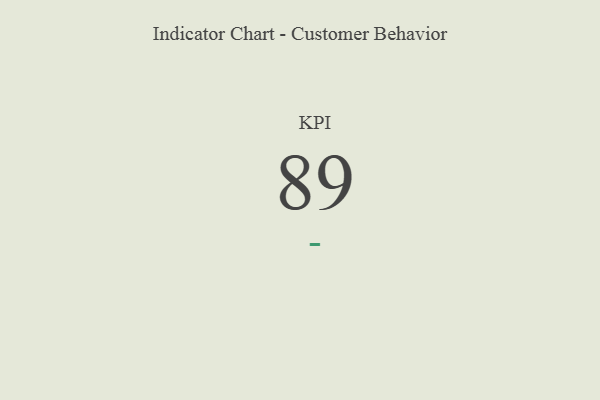
{"axis": {"x": "KPI", "y": "Value"}, "legend": [""], "data": [{"x": "KPI", "y": 89, "type": ""}]}